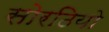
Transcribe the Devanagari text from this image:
सोरठियो